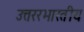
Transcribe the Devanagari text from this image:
उत्तररभारतीय